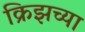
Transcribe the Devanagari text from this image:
क्रिझच्या